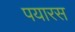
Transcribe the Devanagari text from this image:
पयारस